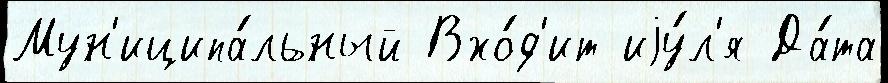
Мун'иципа́льный Вхо́д'ит иjу́л'я Да́та